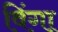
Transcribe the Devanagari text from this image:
विंगा